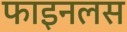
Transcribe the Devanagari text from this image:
फाइनलस